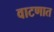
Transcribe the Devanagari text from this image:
वाटणात